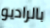
بالراديو